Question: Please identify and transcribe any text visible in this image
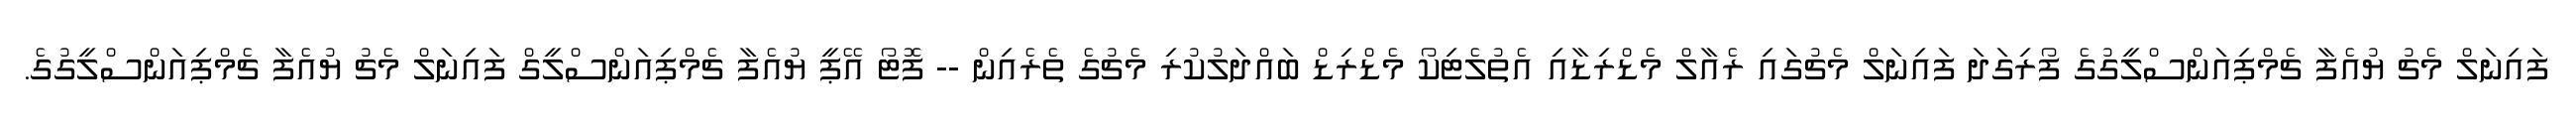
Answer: ފައިނަލް މެޗު ޔުއެފާ ޗެމްޕިއަންސްލީގުގެ ފޯރިގަދަ ފައިނަލް މެޗުގައި ރެއާލް މެޑްރިޑާއި އެތުލެޓިކޯ މެޑްރިޑް ބައްދަލުކުރި މެޗުގެ ތެރެއިން -- ފޮޓޯ އޭޕީ ޔުއެފާ ޗެމްޕިއަންސްލީގް ފައިނަލް މެޗު ޔުއެފާ ޗެމްޕިއަންސްލީގުގެ.